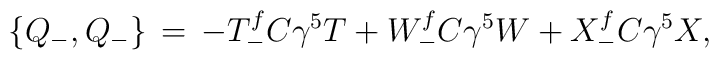
\{Q_-,Q_-\}\, =\, -T^f_- C\gamma^5 T+ W^f_- C\gamma^5 W+ X^f_- C\gamma^5 X,